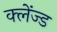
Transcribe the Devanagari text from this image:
क्लेंज्ड